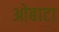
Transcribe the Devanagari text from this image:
ओबाटा